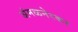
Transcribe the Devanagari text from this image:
अंमळनेरकर